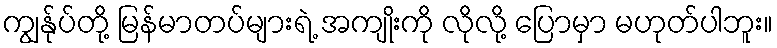
ကျွန်ုပ်တို့ မြန်မာတပ်များရဲ့ အကျိုးကို လိုလို့ ပြောမှာ မဟုတ်ပါဘူး။